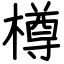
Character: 樽